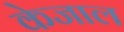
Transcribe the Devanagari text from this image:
केजाल